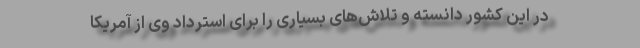
در این کشور دانسته و تلاش‌های بسیاری را برای استرداد وی از آمریکا